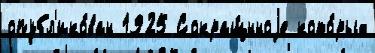
опубл'ико́ван 1925 Сокращ́нноjе кото́рых